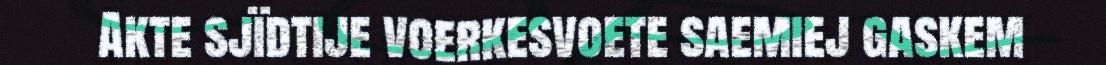
Akte sjïdtije voerkesvoete saemiej gaskem